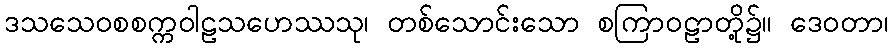
ဒသသေဝစစက္ကဝါဠသဟေဿသု၊ တစ်သောင်းသော စကြာဝဠာတို့၌။ ဒေဝတာ၊